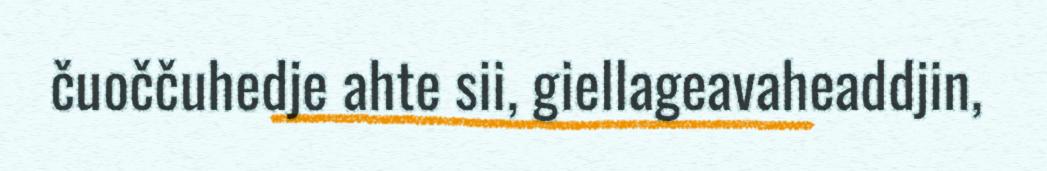
čuoččuhedje ahte sii, giellageavaheaddjin,